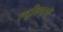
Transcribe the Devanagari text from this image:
म्युजियमों